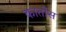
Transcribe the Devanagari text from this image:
कार्तोस